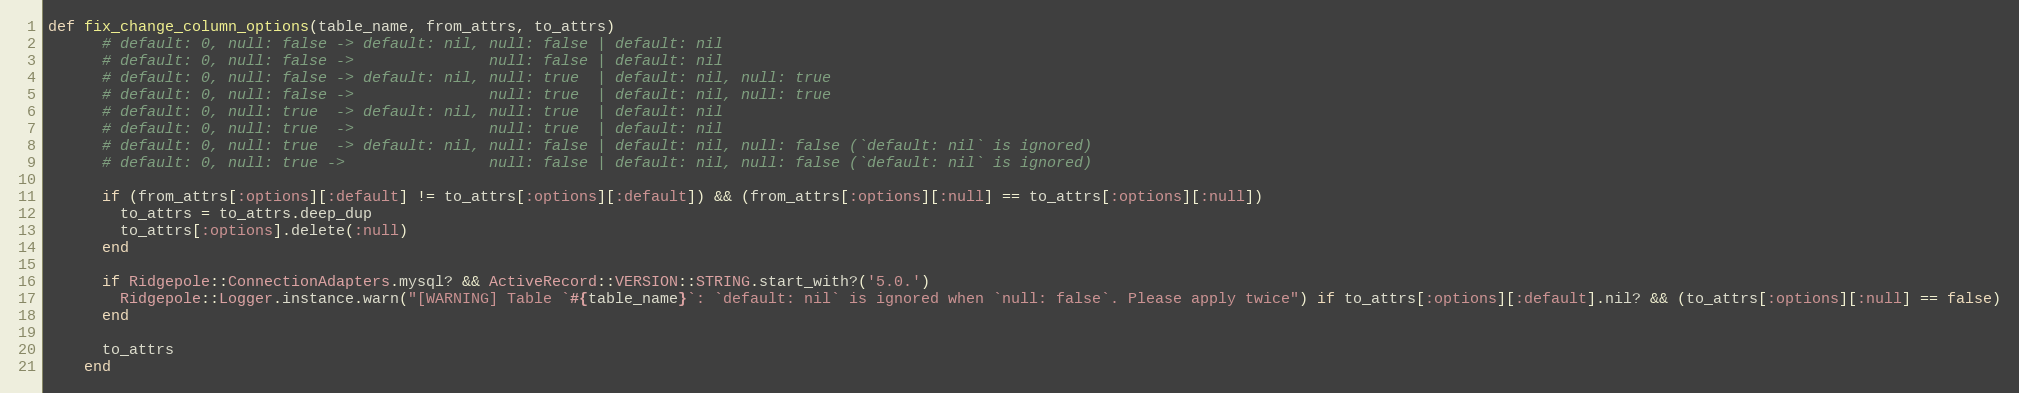
Language: Ruby
def fix_change_column_options(table_name, from_attrs, to_attrs)
      # default: 0, null: false -> default: nil, null: false | default: nil
      # default: 0, null: false ->               null: false | default: nil
      # default: 0, null: false -> default: nil, null: true  | default: nil, null: true
      # default: 0, null: false ->               null: true  | default: nil, null: true
      # default: 0, null: true  -> default: nil, null: true  | default: nil
      # default: 0, null: true  ->               null: true  | default: nil
      # default: 0, null: true  -> default: nil, null: false | default: nil, null: false (`default: nil` is ignored)
      # default: 0, null: true ->                null: false | default: nil, null: false (`default: nil` is ignored)

      if (from_attrs[:options][:default] != to_attrs[:options][:default]) && (from_attrs[:options][:null] == to_attrs[:options][:null])
        to_attrs = to_attrs.deep_dup
        to_attrs[:options].delete(:null)
      end

      if Ridgepole::ConnectionAdapters.mysql? && ActiveRecord::VERSION::STRING.start_with?('5.0.')
        Ridgepole::Logger.instance.warn("[WARNING] Table `#{table_name}`: `default: nil` is ignored when `null: false`. Please apply twice") if to_attrs[:options][:default].nil? && (to_attrs[:options][:null] == false)
      end

      to_attrs
    end